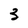
Character: 3